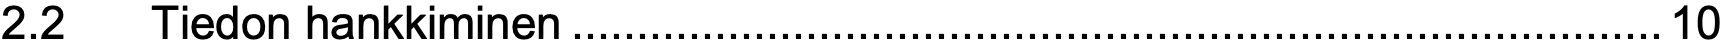
2.2  Tiedon hankkiminen....................................................................................10